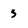
Character: 3